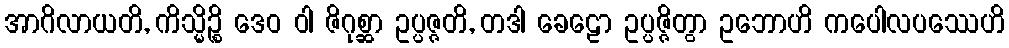
အာဂိလာယတိ, ကိသ္မိဉ္စိ ဒေဝ ဝါ ဇိဂုစ္ဆာ ဥပ္ပဇ္ဇတိ, တဒါ ခေဠော ဥပ္ပဇ္ဇိတွာ ဥဘောဟိ ကပေါလပဿေဟိ